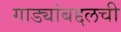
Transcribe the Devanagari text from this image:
गाड्यांबद्दलची